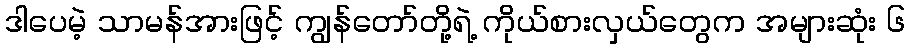
ဒါပေမဲ့ သာမန်အားဖြင့် ကျွန်တော်တို့ရဲ့ ကိုယ်စားလှယ်တွေက အများဆုံး ၆